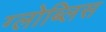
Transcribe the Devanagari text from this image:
ग्लोब्लिस